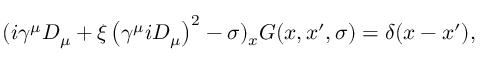
( i \gamma ^ { \mu } D _ { \mu } + \xi \left( \gamma ^ { \mu } i D _ { \mu } \right) ^ { 2 } - \sigma ) _ { x } G ( x , x ^ { \prime } , \sigma ) = \delta ( x - x ^ { \prime } ) ,